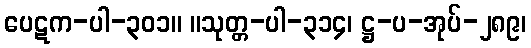
ပေဋက-ပါ-၃၀၁။ ။သုတ္တ-ပါ-၃၁၄၊ ဋ္ဌ-ပ-အုပ်-၂၈၉၊